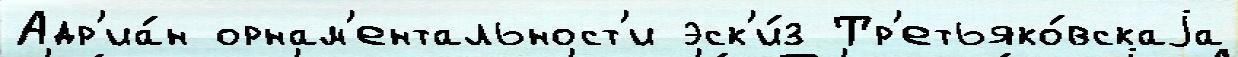
Адр'иа́н орнам'ентальност'и эск'и́з Тр'етьяко́вскаjа